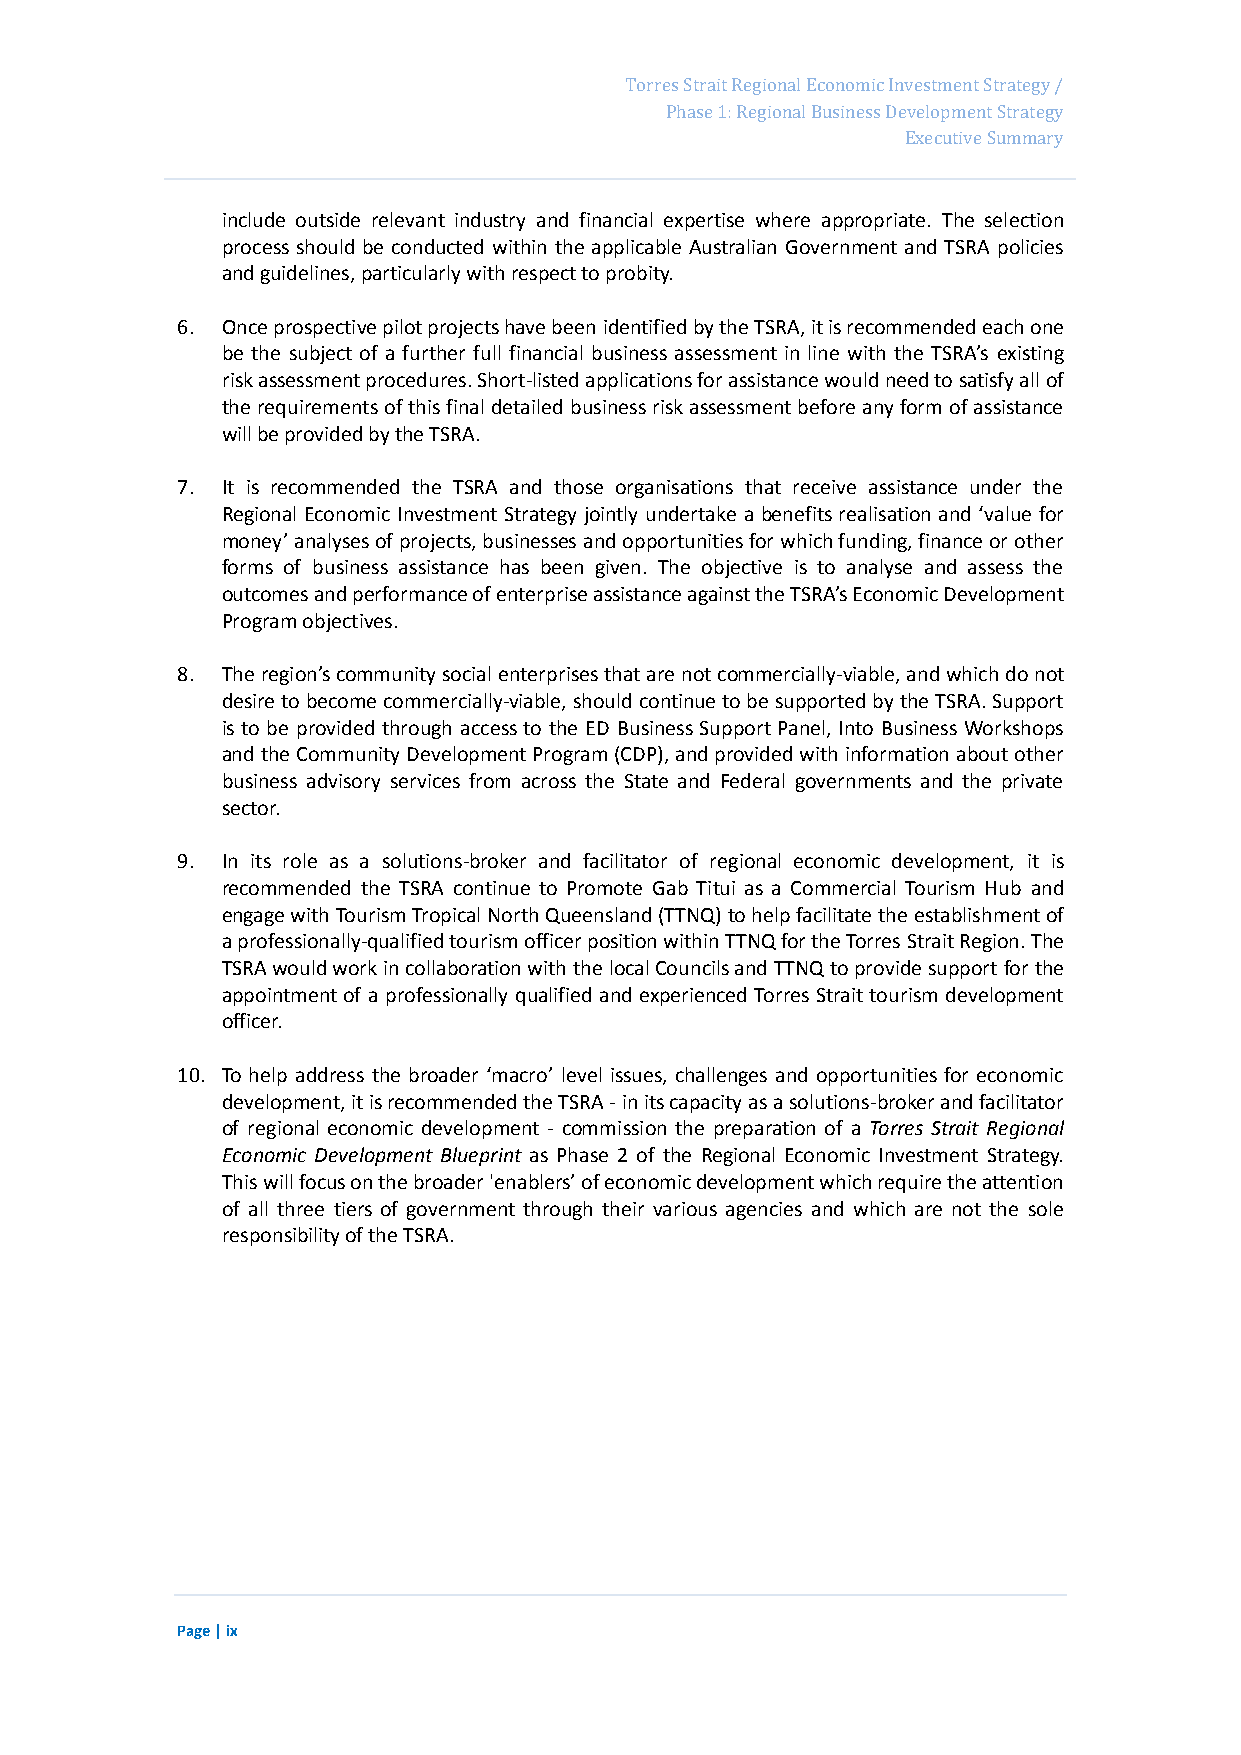
Page 15
 Torres Strait Regional Economic Investment Strategy /
 Phase 1: Regional Business Development Strategy
 Executive Summary
 include outside relevant industry and financial expertise where appropriate. The selection
 process should be conducted within the applicable Australian Government and TSRA policies
 and guidelines, particularly with respect to probity.
 6. Once prospective pilot projects have been identified by the TSRA, it is recommended each one
 be the subject of a further full financial business assessment in line with the TSRA’s existing
 risk assessment procedures. Short-listed applications for assistance would need to satisfy all of
 the requirements of this final detailed business risk assessment before any form of assistance
 will be provided by the TSRA.
 7. It is recommended the TSRA and those organisations that receive assistance under the
 Regional Economic Investment Strategy jointly undertake a benefits realisation and ‘value for
 money’ analyses of projects, businesses and opportunities for which funding, finance or other
 forms of business assistance has been given. The objective is to analyse and assess the
 outcomes and performance of enterprise assistance against the TSRA’s Economic Development
 Program objectives.
 8. The region’s community social enterprises that are not commercially-viable, and which do not
 desire to become commercially-viable, should continue to be supported by the TSRA. Support
 is to be provided through access to the ED Business Support Panel, Into Business Workshops
 and the Community Development Program (CDP), and provided with information about other
 business advisory services from across the State and Federal governments and the private
 sector.
 9. In its role as a solutions-broker and facilitator of regional economic development, it is
 recommended the TSRA continue to Promote Gab Titui as a Commercial Tourism Hub and
 engage with Tourism Tropical North Queensland (TTNQ) to help facilitate the establishment of
 a professionally-qualified tourism officer position within TTNQ for the Torres Strait Region. The
 TSRA would work in collaboration with the local Councils and TTNQ to provide support for the
 appointment of a professionally qualified and experienced Torres Strait tourism development
 officer.
 10. To help address the broader ‘macro’ level issues, challenges and opportunities for economic
 development, it is recommended the TSRA - in its capacity as a solutions-broker and facilitator
 of regional economic development - commission the preparation of a Torres Strait Regional
 Economic Development Blueprint as Phase 2 of the Regional Economic Investment Strategy.
 This will focus on the broader 'enablers’ of economic development which require the attention
 of all three tiers of government through their various agencies and which are not the sole
 responsibility of the TSRA.
 Page | ix